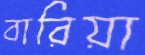
বারিয়া